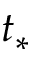
t _ { * }